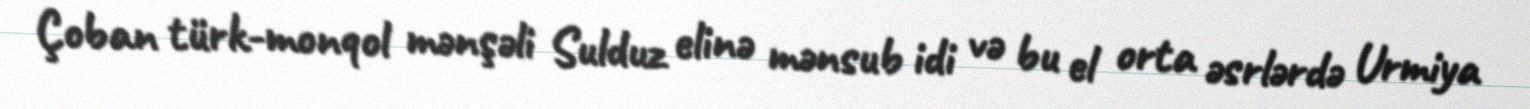
Çoban türk-monqol mənşəli Sulduz elinə mənsub idi və bu el orta əsrlərdə Urmiya